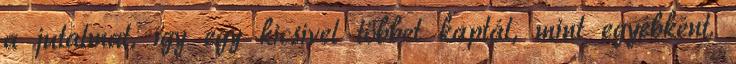
a jutalmat, így egy kicsivel többet kaptál, mint egyébként.